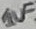
Text: 1uF